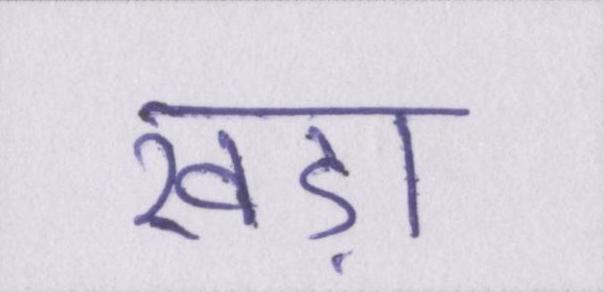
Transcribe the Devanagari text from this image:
खड़ा